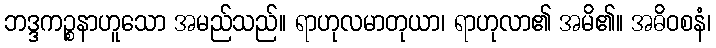
ဘဒ္ဒကဉ္စနာဟူသော အမည်သည်။ ရာဟုလမာတုယာ၊ ရာဟုလာ၏ အမိ၏။ အဓိဝစနံ၊